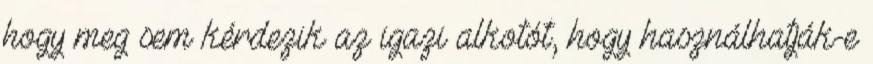
hogy meg sem kérdezik az igazi alkotót, hogy használhatják-e